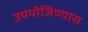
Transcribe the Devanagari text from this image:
उपयोजिण्यास